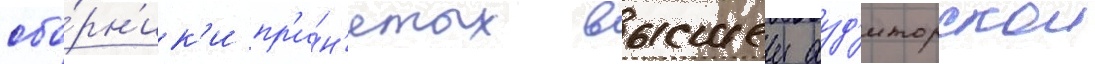
сбо́рн'ик'и пр'и́н'ятых высшеи ауд'иторскои